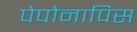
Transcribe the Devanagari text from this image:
पेपोनापिस